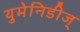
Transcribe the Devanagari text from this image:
युमेनिडीज्‌